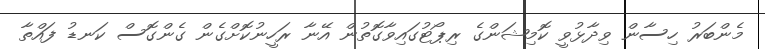
މެންބަރު ހިސާން ވިދާޅުވީ ކޮމިޝަންގެ ރިޕޯޓުގައިވާގޮތުން އޭނާ ރަހީނުކޮށްގެން ގެންގޮސް ކަނޑު ފައްތާ